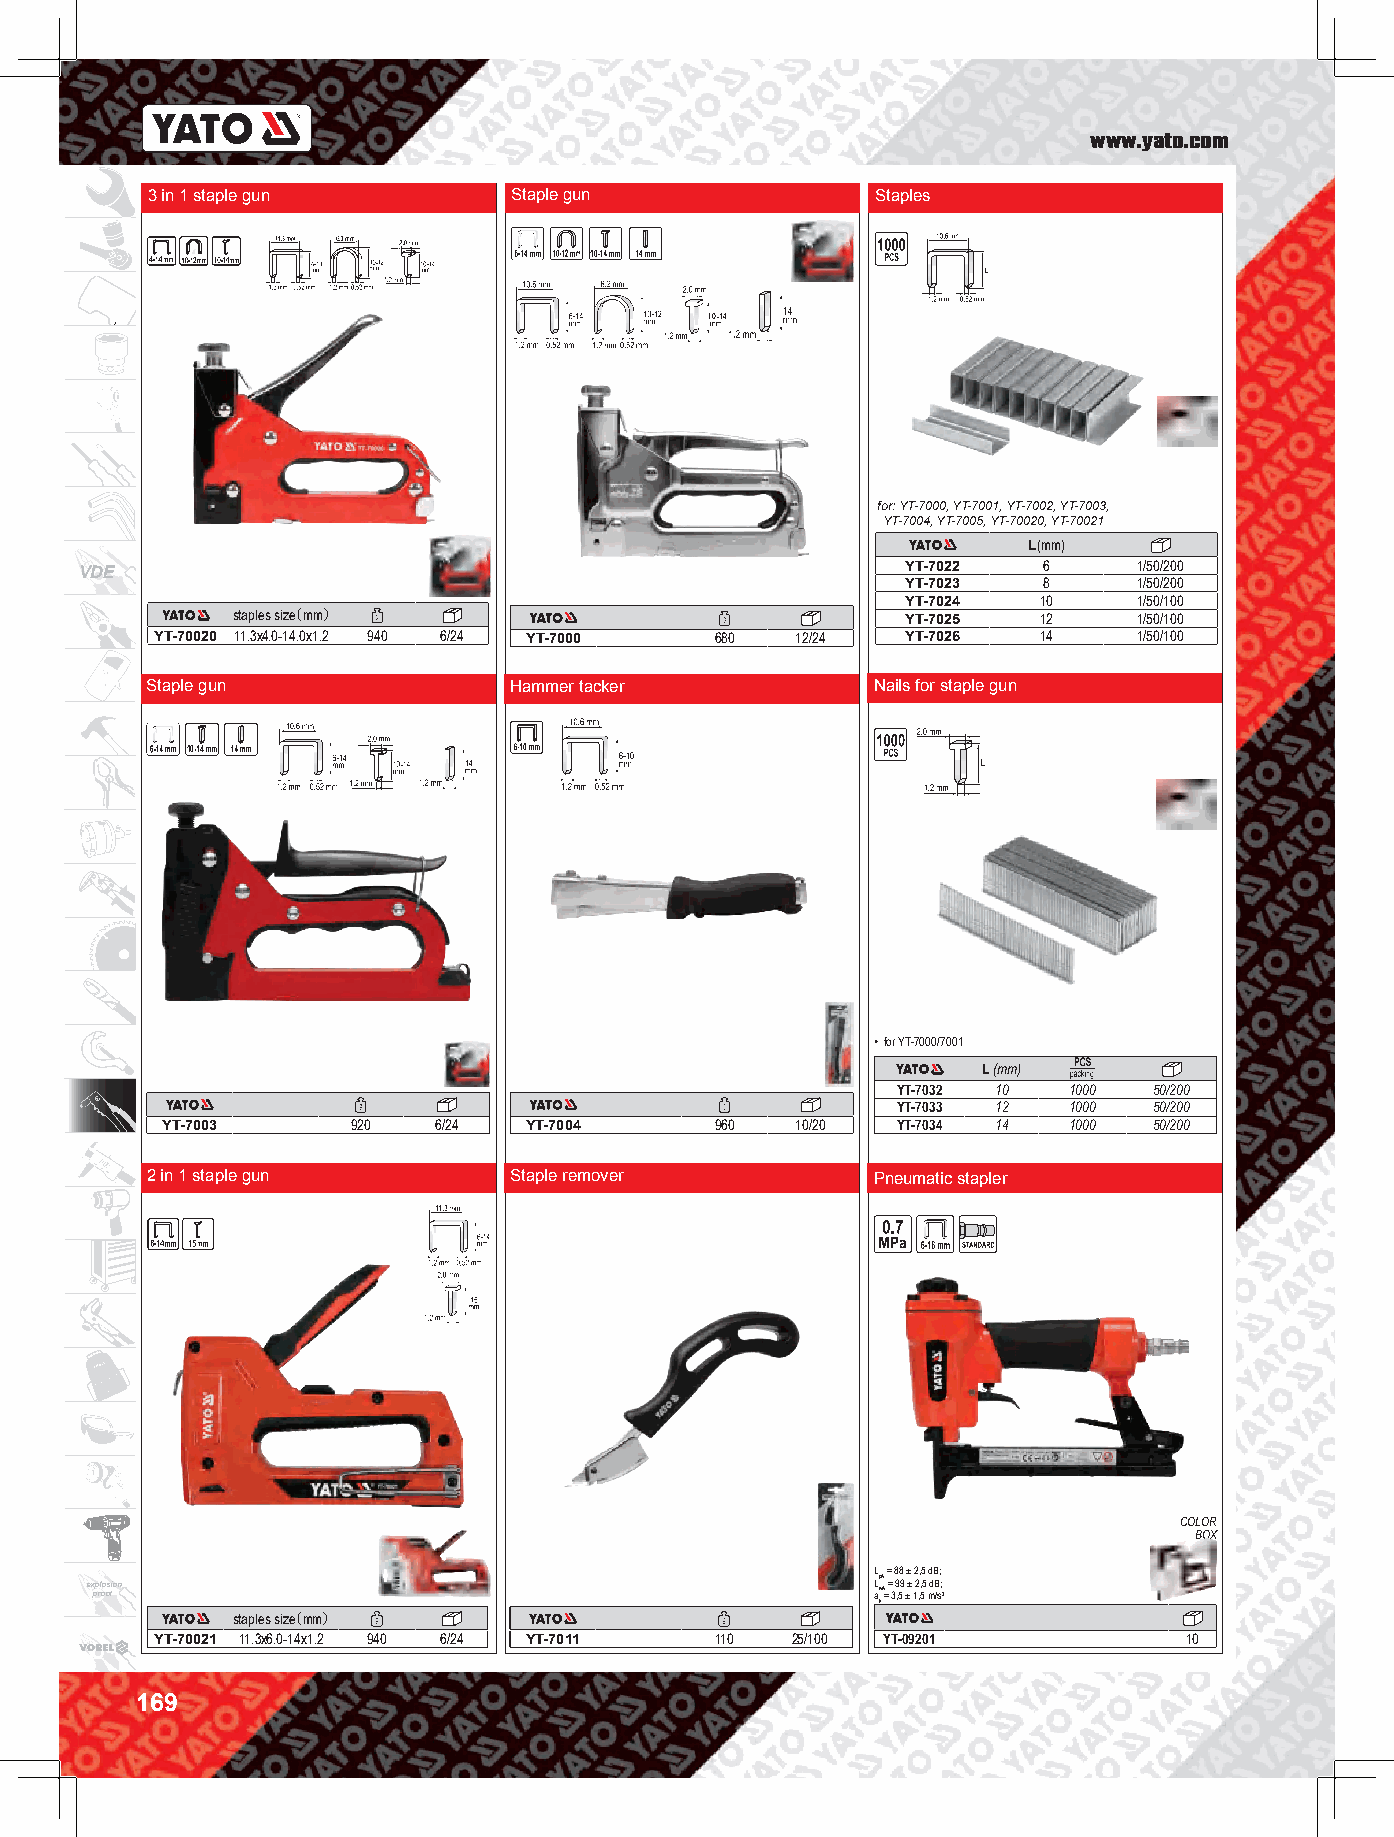
www.yato.com
 3 in 1 staple gun       Staple gun              Staples
 10
 10
 for: YT-7000, YT-7001, YT-7002, YT-7003,
 YT-7004, YT-7005, YT-70020, YT-70021
 L(mm)
 VDE                                                    YT-7022  6     1/50/200
 YT-7023  8     1/50/200
 YT-7024  10    1/50/100
 staples siz（e mm）                            YT-7025  12    1/50/100
 YT-70020 11.3x4.0-14.0x1.2 940 6/24 YT-7000 680 12/24 YT-7026 14 1/50/100
 Staple gun              Hammer tacker           Nails for staple gun
 10
 • for YT-7000/7001
 L (mm)
 YT-7032 10  1000 50/200
 YT-7033 12  1000 50/200
 YT-7003     920   6/24  YT-7004     960   10/20 YT-7034 14  1000 50/200
 2 in 1 staple gun       Staple remover          Pneumatic stapler
 COLOR
 BOX
 L = 88 ± 2,5 dB;
 e x pp rl oo os fion                                L ap wA A= = 3 9 ,59 ±± 12 ,, 55 mdB /s; 2
 h
 staples siz（e mm）
 YT-70021 11.3x6.0-14x1.2 940 6/24 YT-7011 110 25/100 YT-09201       10
 169